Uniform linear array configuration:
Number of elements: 16
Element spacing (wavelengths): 1
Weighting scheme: hamming
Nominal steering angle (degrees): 30
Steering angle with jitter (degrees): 31.456
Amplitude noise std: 0.05
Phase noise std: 0.05

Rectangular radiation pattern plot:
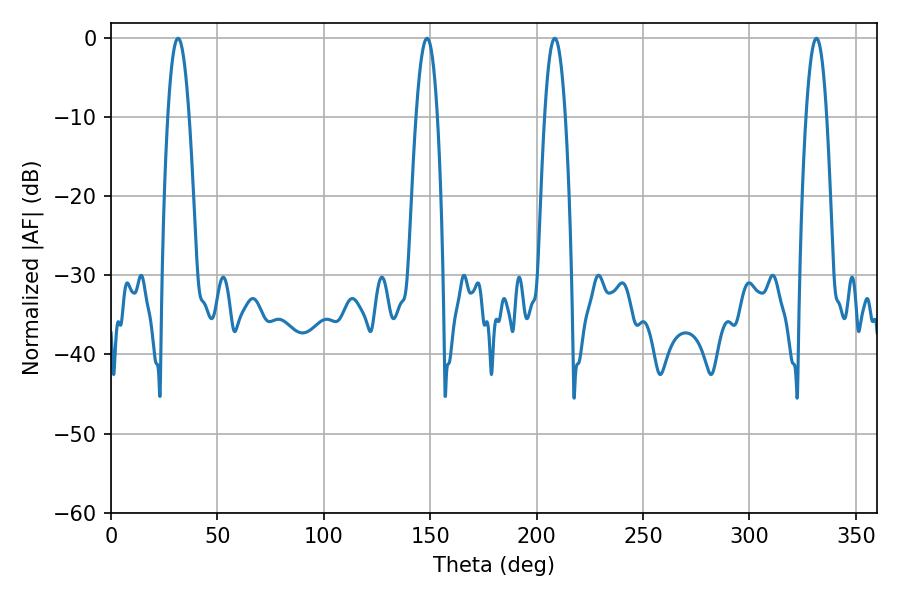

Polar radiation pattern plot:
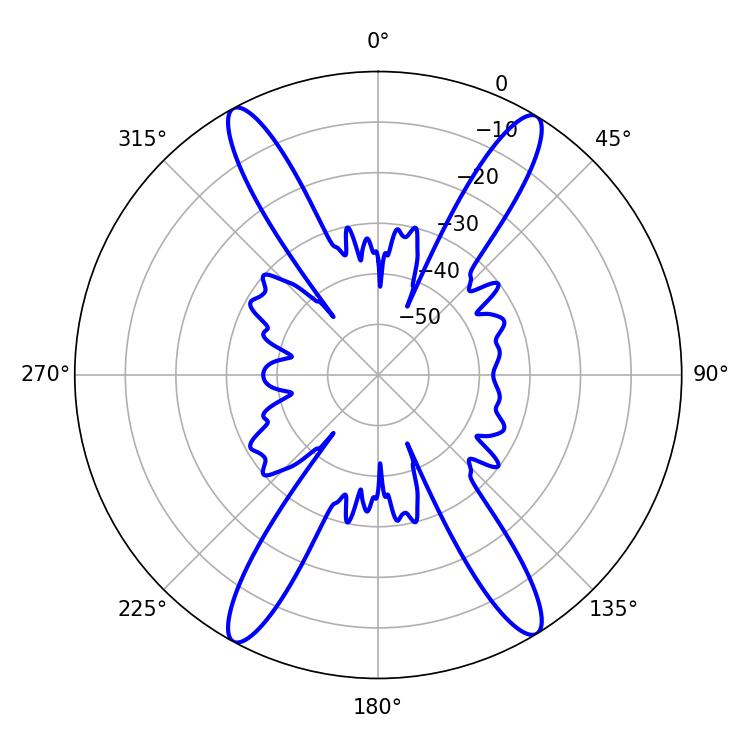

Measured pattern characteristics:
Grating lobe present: TRUE
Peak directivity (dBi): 21.983
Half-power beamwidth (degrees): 5.58
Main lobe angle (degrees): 31.5